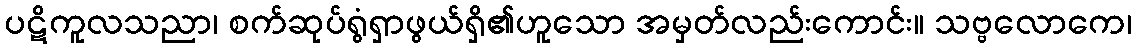
ပဋိကူလသညာ၊ စက်ဆုပ်ရွံရှာဖွယ်ရှိ၏ဟူသော အမှတ်လည်းကောင်း။ သဗ္ဗလောကေ၊